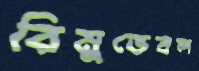
রিমুভেবল